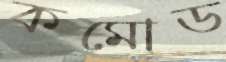
কমোড